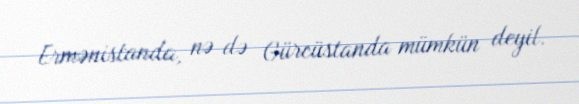
Ermənistanda, nə də Gürcüstanda mümkün deyil.